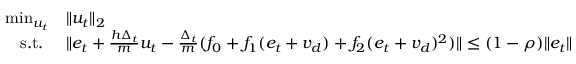
\begin{array} { r l } { \operatorname* { m i n } _ { u _ { t } } } & { \| u _ { t } \| _ { 2 } } \\ { \mathrm { s . t . ~ } } & { \| e _ { t } + \frac { h \Delta _ { t } } { m } u _ { t } - \frac { \Delta _ { t } } { m } ( f _ { 0 } + f _ { 1 } ( e _ { t } + v _ { d } ) + f _ { 2 } ( e _ { t } + v _ { d } ) ^ { 2 } ) \| \leq ( 1 - \rho ) \| e _ { t } \| } \end{array}